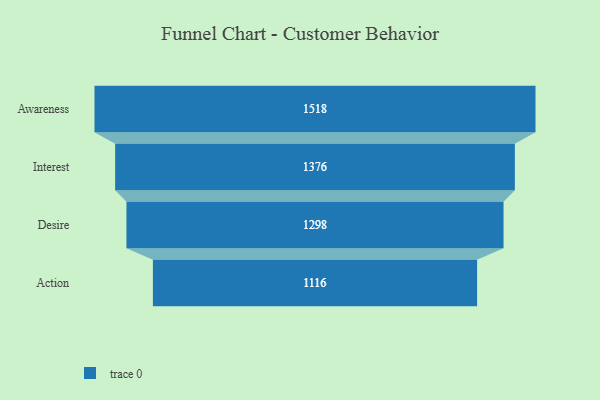
{"axis": {"x": "Stage", "y": "Value"}, "legend": [""], "data": [{"x": "Awareness", "y": 1518.0, "type": ""}, {"x": "Interest", "y": 1376.0, "type": ""}, {"x": "Desire", "y": 1298.0, "type": ""}, {"x": "Action", "y": 1116.0, "type": ""}]}